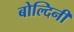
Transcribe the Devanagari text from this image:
बोल्दिनी